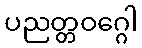
ပညတ္တဝဂ္ဂေါ